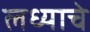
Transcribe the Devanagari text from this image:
लध्याचे